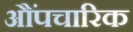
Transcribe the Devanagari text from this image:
औंपचारिक